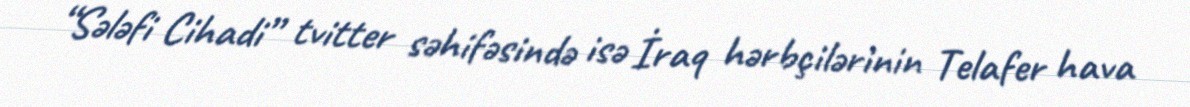
“Sələfi Cihadi” tvitter səhifəsində isə İraq hərbçilərinin Telafer hava